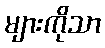
များကိုသာ